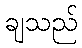
ချသည်